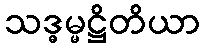
သဒ္ဓမ္မဋ္ဌိတိယာ